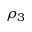
\rho _ { 3 }